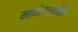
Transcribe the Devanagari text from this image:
मायोग्लोबिन